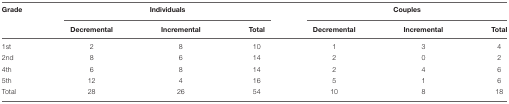
<table><thead><tr><td><b>Grade</b></td><td colspan="3"><b>Individuals</b></td><td colspan="3"><b>Couples</b></td></tr><tr><td></td><td><b>Decremental</b></td><td><b>Incremental</b></td><td><b>Total</b></td><td><b>Decremental</b></td><td><b>Incremental</b></td><td><b>Total</b></td></tr></thead><tbody><tr><td>1st</td><td>2</td><td>8</td><td>10</td><td>1</td><td>3</td><td>4</td></tr><tr><td>2nd</td><td>8</td><td>6</td><td>14</td><td>2</td><td>0</td><td>2</td></tr><tr><td>4th</td><td>6</td><td>8</td><td>14</td><td>2</td><td>4</td><td>6</td></tr><tr><td>5th</td><td>12</td><td>4</td><td>16</td><td>5</td><td>1</td><td>6</td></tr><tr><td>Total</td><td>28</td><td>26</td><td>54</td><td>10</td><td>8</td><td>18</td></tr></tbody></table>